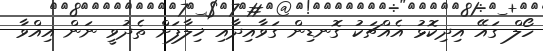
ހޯލް ގައޭ އިދިކޮޅު އެއްޗަކު ގޮނޑިން ގަވާއިދާއި ޚިލާފަށް ތެދުވީ ނަން އިއްވާ